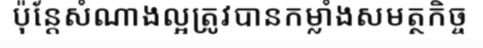
ប៉ុន្តែសំណាងល្អត្រូវបានកម្លាំងសមត្ថកិច្ច